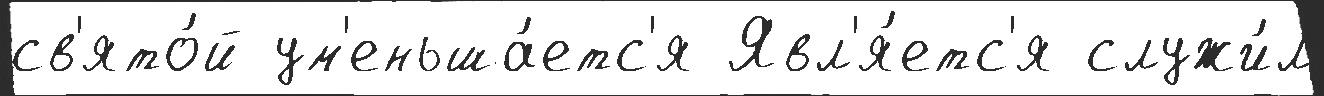
св'ято́й ум'еньша́етс'я Явл'я́етс'я служи́л